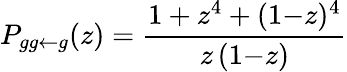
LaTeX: P_{gg\leftarrow g}(z)=\frac{1+z^{4}+(1{-}z)^{4}}{z\, (1{-}z)}